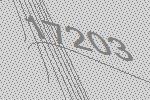
17203